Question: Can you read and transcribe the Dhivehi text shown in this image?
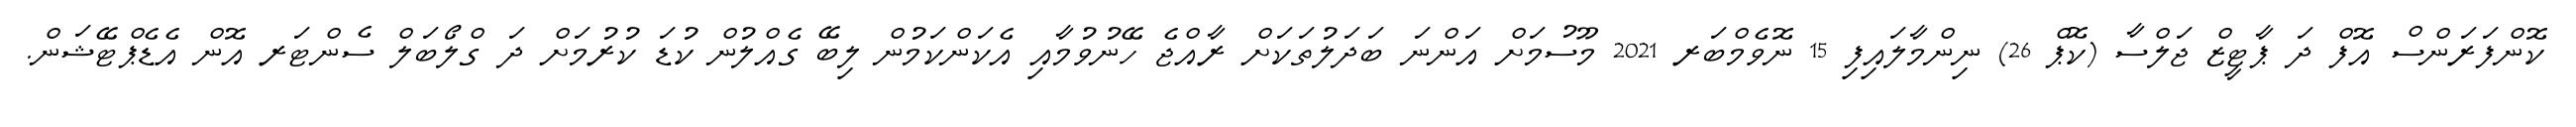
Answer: ކޮންފަރަންސް އޮފް ދަ ޕާޓީޒް ޖަލްސާ (ކޮޕް 26) ނިންމާލައިފި 15 ނޮވެމްބަރ 2021 މޫސުމަށް އަންނަ ބަދަލުތަކަށް ރާއްޖެ ހޭނުވުމާއި އެކަންކަމުން ލިބޭ ގެއްލުން ކުޑަ ކުރުމަށް ދަ ގްލޯބަލް ސެންޓަރ އޮން އެޑެޕްޓޭޝަން.